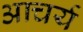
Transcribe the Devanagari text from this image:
आचर्य